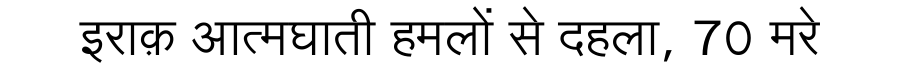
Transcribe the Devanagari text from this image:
इराक़ आत्मघाती हमलों से दहला, 70 मरे